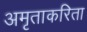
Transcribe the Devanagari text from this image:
अमृताकरिता